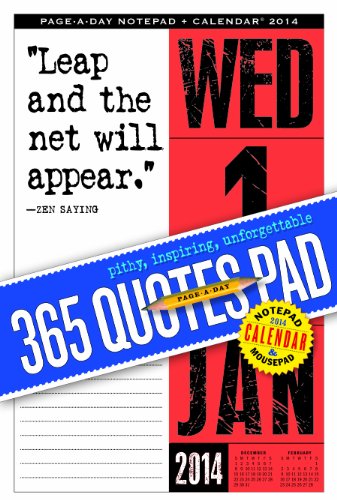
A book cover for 365 Quotes Page-a-Day Notepad and 2014 Calendar; Workman Publishing; Calendars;